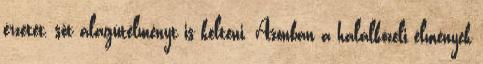
érzetét, sőt alagútélményt is kelteni. Azonban a halálközeli élmények